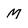
Character: M